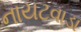
નાયટવાડા